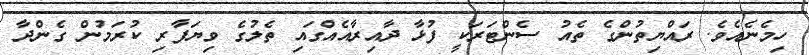
ހިމެނެއެވެ. ރައްޔިތުންގެ ތެއު ސެންޓަރަކީ ފުޅާ ދާއިރާއެއްގައި ތެލުގެ ވިޔަފާރި ކުރަމުން ގެންދާ